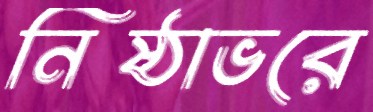
নিষ্ঠাভরে